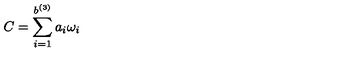
C = \displaystyle \sum _ { i = 1 } ^ { b ^ { ( 3 ) } } a _ { i } \omega _ { i }